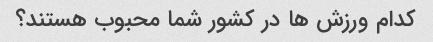
کدام ورزش ها در کشور شما محبوب هستند؟